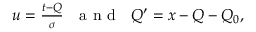
\begin{array} { r } { u = \frac { t - Q } { \sigma } \ \ \mathrm { ~ a ~ n ~ d ~ } \ \ Q ^ { \prime } = x - Q - Q _ { 0 } , } \end{array}